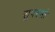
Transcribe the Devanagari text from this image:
सुपरसो